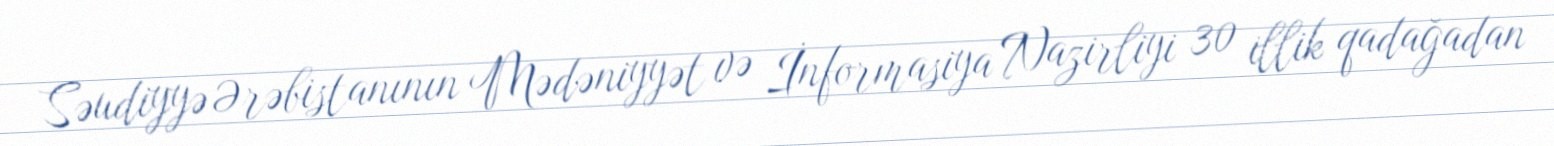
Səudiyyə Ərəbistanının Mədəniyyət və İnformasiya Nazirliyi 30 illik qadağadan